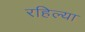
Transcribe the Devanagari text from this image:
रहिल्या